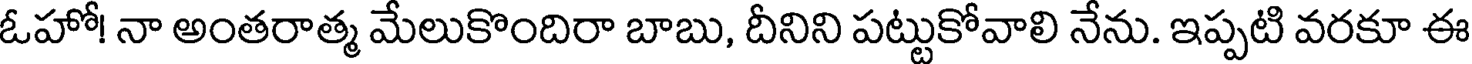
ఓహో! నా అంతరాత్మ మేలుకొందిరా బాబు, దీనిని పట్టుకోవాలి నేను. ఇప్పటి వరకూ ఈ